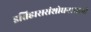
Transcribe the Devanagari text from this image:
इतिहाससंशोधनासाठी